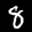
Label: 8